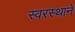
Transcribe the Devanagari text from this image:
स्वरस्थाने